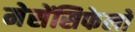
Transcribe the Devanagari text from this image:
मेसेंसिफेलों